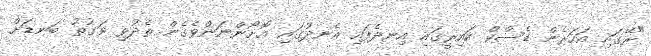
"ރޭގައި އަހަރެން ޑެސްކް ކައިރީގައި އިނދެފައި އެނދުގައި އޮށޯންނަންވެގެން ތެދުވި ވަގުތު ބަނޑަށް